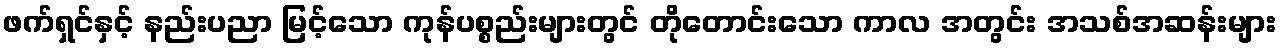
ဖက်ရှင်နှင့် နည်းပညာ မြင့်သော ကုန်ပစ္စည်းများတွင် တိုတောင်းသော ကာလ အတွင်း အသစ်အဆန်းများ